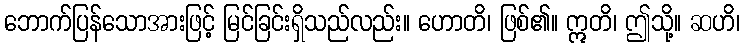
ဘောက်ပြန်သောအားဖြင့် မြင်ခြင်းရှိသည်လည်း။ ဟောတိ၊ ဖြစ်၏။ ဣတိ၊ ဤသို့။ ဆဟိ၊